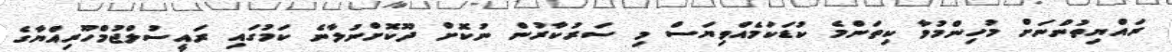
ރައްޔިތުންނަށް މުހިންމުވާ ކިތަންމެ ކުޑަކަމެއްވިޔަސް މި ސަރުކާރުން ނުކޮށް ދޫކޮށްނުލާނެ ކަމުގައި ރައީސުލްޖުމްހޫރިއްޔާގެ